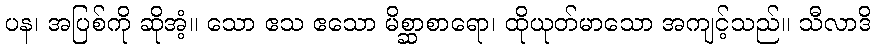
ပန၊ အပြစ်ကို ဆိုအံ့။ သော ဧသ ဧသော မိစ္ဆာစာရော၊ ထိုယုတ်မာသော အကျင့်သည်။ သီလာဒိ